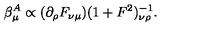
\beta _ { \mu } ^ { A } \propto ( \partial _ { \rho } F _ { \nu \mu } ) ( 1 + F ^ { 2 } ) _ { \nu \rho } ^ { - 1 } .